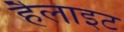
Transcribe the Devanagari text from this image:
हैलाइट